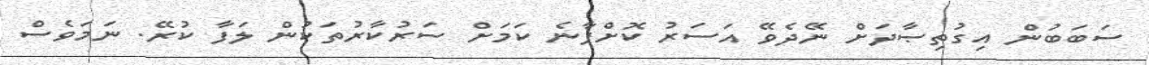
ސަބަބުން އިގުތިޞާދަށް ނޭދެވޭ އަސަރު ކޮށްފާނެ ކަމަށް ސަރުކާރުތަކުން ލަފާ ކުރޭ. ނަމަވެސް